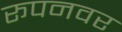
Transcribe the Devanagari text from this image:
रूपनवर